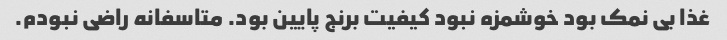
غذا بی نمک بود خوشمزه نبود کیفیت برنج پایین بود. متاسفانه راضی نبودم.